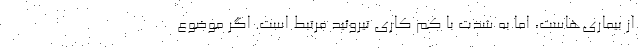
از بیماری‌هاست، اما به شدت با کم کاری تیروئید مرتبط است. اگر موضوع